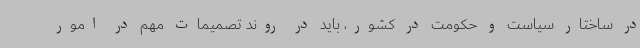
در ساختار سیاست و حکومت در کشور، باید در روند تصمیمات مهم در امور